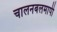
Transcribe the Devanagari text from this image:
चालनबलमापी